Lunatic asylums Madras 1892-1911 - 1892-1911
Year: 1892
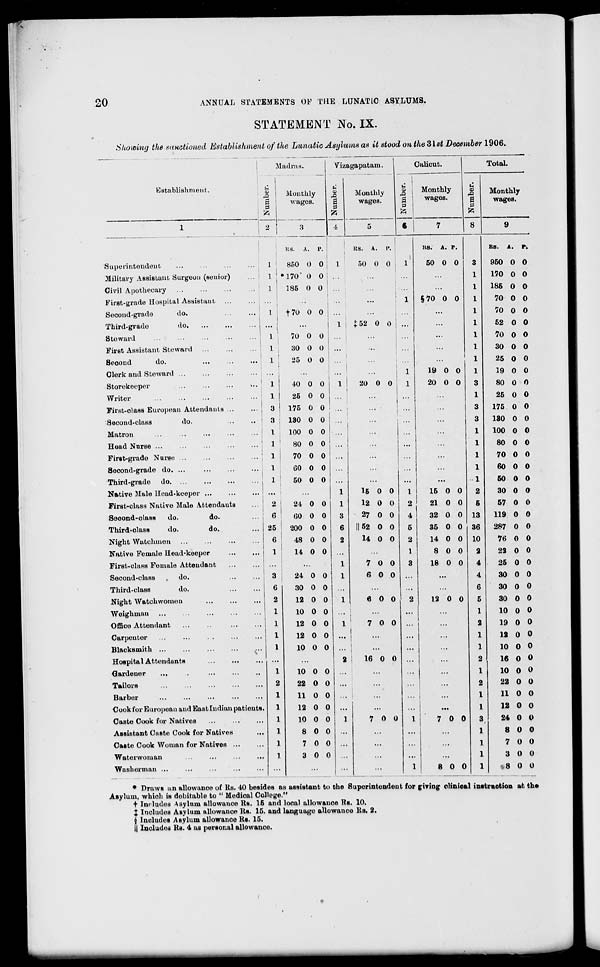
20
ANNUAL STATEMENTS OF THE LUNATIC ASYLUMS.
STATEMENT No. IX.
Showing the sanctioned Establishment of the Lunatic Asylums as it stood on the 3lst December 1906.
j
0)
a 9
to
2
ladras.
Monthly
wages.
Viz
li
1
to
4
agapatam.
Monthly
wages.
1
1
1
Calicut.
Total.
Establishment.
Monthly
wages.
3
a
P
to
Monthly
wages.
1
1
3
5
_
«
7
8
9
i
j as. A. p.
1 RS. A. P.
US.
A. p.
RS. A. P.
■
Superintendent
1 i
850 0 0
1
50 0 0
1
50 0 0
3
960 0 0
Military Assistant Surgeon (senior)
i!
i ♦170* 0 0 : ...
...
1
170 0 0
Givil Apothecary
... ! i
185 0 0 !
: ...
...
1
186 0 0
First-grade Hospital Assistant
i
...
1 i
§70 0 0
1
70 0 0
Second-grade
do.
...
...
1
|7u 0 o ...
...
...
1
70 0 0
Third-grade
do.
...
...
... ...
...
1 i {52 0 0 ...
...
1
52 0 0
Steward
...
...
...
...
...
i
70 0 0
...
...
1
70 0 0
First Assistant Steward ...
! i
30 0 0
...
...
1
30 0 0
Second
do.
1
25 0 o
1
...
...
1
25 0 0
Clerk and Steward
...
ZI
I
...
1
19 0 0
1
19 0 0
Storekeeper
...
...
...
>..
i
40 0 0
1
20 0 0
1
20 0 0
3
80 0 0
Writer
i
25 0 0 ...
...
...
1
25 0 0
First-olass European Attendants ...
3
175 0 0 ...
...
3
175 0 0
Second-class
do.
3
130 0 0
...
...
3
ISO 0 0
Matron
1
100 0 0 ...
...
1
100 0 0
Head Nurse ...
1
80 0 0 ...
...
1
80 0 0
First-grade Nurse ...
1
70 0 0 ...
...
...
1
70 0 0
Sooond-grade do. ...
I
60 0 0
...
1
60 0 0
Third-grade do. ...
1
50 0 0 ...
...
...
...
1
60 0 0
Native Male Head-keopor ...
...
...
1
16 0 0
1
16 0 0
2
30 0 O
First-class Native Male Attendants
2
24 0 0
1
12 0 0
2
21 0 0
6
57 0 0
Seoond-olass
do.
do.
6
60 0 0
3
27 0 0
4
32 0 0 13
119 0 0
Third-olasB
do.
do.
25
200 0 0
6
II52 0 0
5
35 0 0 36
287 0 0
Night Watchmen
6
48 0 0
2
14 0 0
2
14 0 0 10
76 0 0
Native Female Head-keeper
*
14 0 0 ...
1
8 0 0
2
22 0 0
First-class Female Attendant
...
1
7 0 0
3
18 0 0
4
25 0 0
Second-class
do.
3
24 0 0
1
6 0 0
...
4
30 0 0
Third-class
do.
6
30 0 0
6
30 0 0
Night Watohwomon
2
12 0 0
1
6 0 0
2
12 0 0
5
30 0 0
Weighmau
1
10 0 0 ...
...
...
...
1
10 0 o
Office Attendant
1
12 0 0
1
7 0 0
2
19 0 0
Carpoutor
1
12 0 0 ...
...
...
1
12 0 0
Blacksmith
1
10 0 0 ... i "•
...
1
10 0 o
Hospital Attendants
...
...
2
16 0 0 ...
...
2
16 0 0
Gardener
1
10 0 0
...
...
...
1
10 0 o
Tailors
2
22 0 0 ...
...
2
22 0 0
Barber
1
11 0 0
1
11 0 O
Cook i'or European and Eastludiun patients.
1
12 0 0 ...
...
...
1
12 0 0
Caste Cook for Natives
1
10 0 0
1
7 0 0
1
7 0 0
3
24 0 0
Assistant Caste Cook for Natives
1
8 0 0 ...
...
...
1
8 0 0
Caste Cook Woman for Natives ...
1
7 0 0 ...
...
1
7 0 0
Watorwoman
1
3 0 0
...
...
1
3 0 0
Washerman ...
...
...
...
1
8 0 0
1
8 0 0
* Draws an allowanoe of Its. 40 besides as assistant to the Superintendent for giving clinical instruction at the
Asylum, which is debitable to " Medical College."
t Includes Asylum allowance Rs. 15 and local allowanoe Tts. 10.
X Includes Asylum allowance Rs. 15. and language allowance Rs. 2.
§ Includes Asylum allowanoe Rs. 15.
|| Includes Its. 4 as personal allowance.